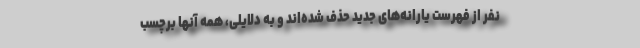
نفر از فهرست یارانه‌های جدید حذف شده‌اند و به دلایلی، همه آنها برچسب